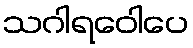
သဂါရဝေါပေ